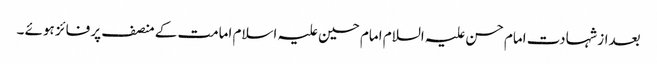
بعداز شہادت امام حسن علیہ السلام امام حسین علیہ اسلام امامت کے منصف پر فائز ہوئے ۔